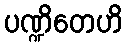
ပဏ္ဍိတေဟိ